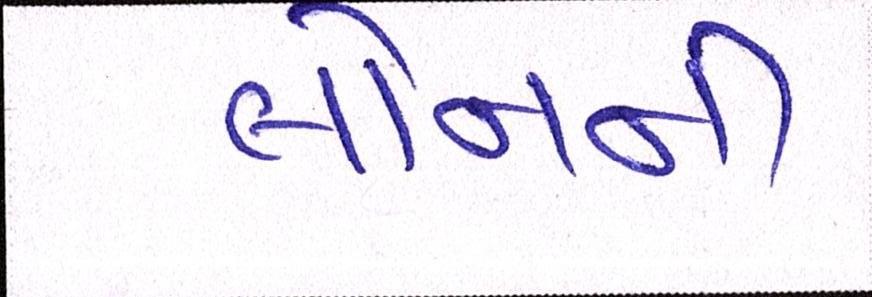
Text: લોનની